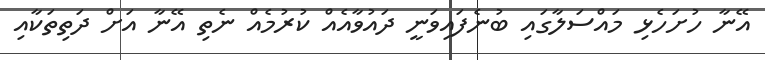
އޭނާ ހުށަހެޅި މައްސަލާގައި ބުނެފައިވަނީ ދައުވާއެއް ކުރުމެއް ނެތި އޭނާ އަށް ދަތިތަކާއި